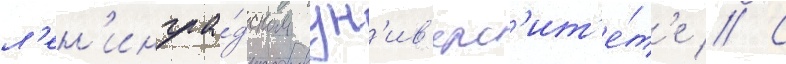
л'ен'ингра́дском ун'ив'ерс'ит'е́т'е // С